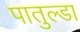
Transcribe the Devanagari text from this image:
पातुल्डा